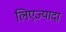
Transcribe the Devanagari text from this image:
लिएज्यादा